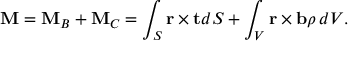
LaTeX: \mathbf { M } = \mathbf { M } _ { B } + \mathbf { M } _ { C } = \int _ { S } \mathbf { r } \times \mathbf { t } d S + \int _ { V } \mathbf { r } \times \mathbf { b } \rho \, d V .